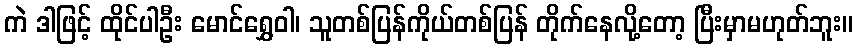
ကဲ ဒါဖြင့် ထိုင်ပါဦး မောင်ရွှေဝါ၊ သူတစ်ပြန်ကိုယ်တစ်ပြန် တိုက်နေလို့တော့ ပြီးမှာမဟုတ်ဘူး။